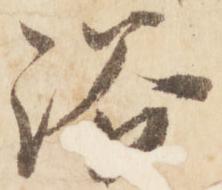
浴